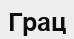
Грац